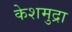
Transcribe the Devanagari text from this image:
केशमुद्रा